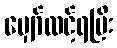
မျှော်လင့်ရပြီး